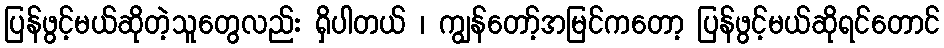
ပြန်ဖွင့်မယ်ဆိုတဲ့သူတွေလည်း ရှိပါတယ် ၊ ကျွန်တော့်အမြင်ကတော့ ပြန်ဖွင့်မယ်ဆိုရင်တောင်